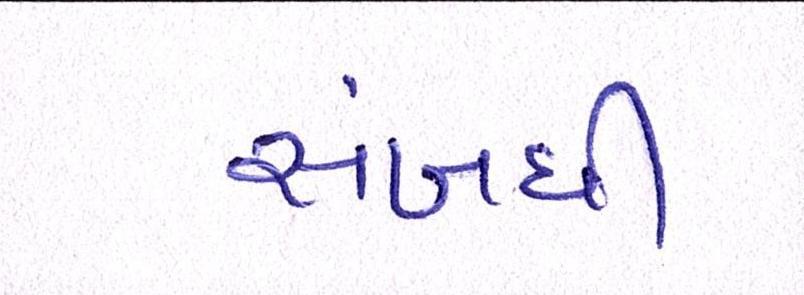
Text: સબંધી